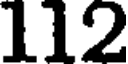
112